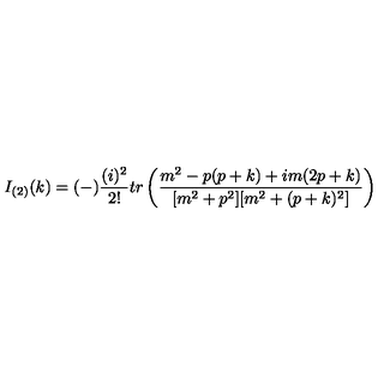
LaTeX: I _ { ( 2 ) } ( k ) = ( - ) \frac { ( i ) ^ { 2 } } { 2 ! } t r \left( { \frac { m ^ { 2 } - p ( p + k ) + i m ( 2 p + k ) } { [ m ^ { 2 } + p ^ { 2 } ] [ m ^ { 2 } + ( p + k ) ^ { 2 } ] } } \right)